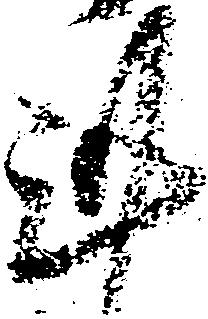
謹